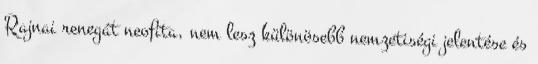
Rajnai renegát neofita, nem lesz különösebb nemzetiségi jelentése és